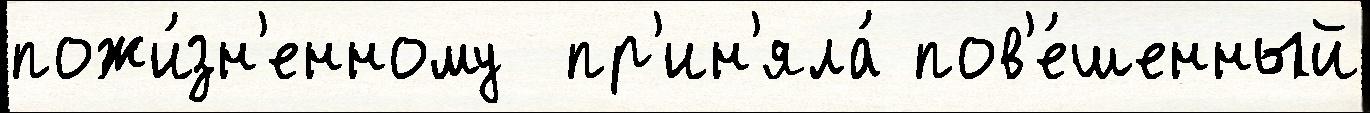
пожи́зн'енному  пр'ин'яла́ пов'е́шенный